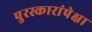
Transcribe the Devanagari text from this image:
पुरस्कारांपेक्षा